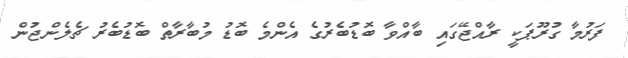
ފަރުމާ ގުރޫޕަކީ ރާއްޖޭގައި ބާއްވާ ބޮޑުބެރުގެ އެންމެ ބޮޑު މުބާރާތް ބޮޑުބެރު ޗެލެންޖުން